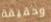
وحقيقة